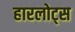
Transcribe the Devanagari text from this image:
हारलोट्स